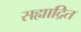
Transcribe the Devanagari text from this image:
सह्याद्रित